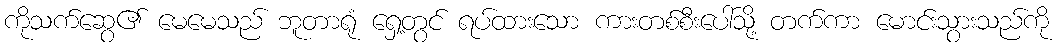
ကိုသက်ဆွေ၏ မေမေသည် ဘူတာရုံ ရှေ့တွင် ရပ်ထားသော ကားတစ်စီးပေါ်သို့ တက်ကာ မောင်းသွားသည်ကို